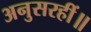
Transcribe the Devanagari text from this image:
अनुसरहीं॥